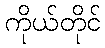
ကိုယ်တိုင်